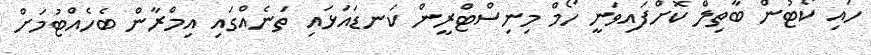
ހައި ކޯޓުން ބާތިލް ކޮށްފައިވަނީ ހޯމް މިނިސްޓްރީން ކަނޑައަޅައި ތަނެއްގައި އިމްރާން ބެހެއްޓުމަށް